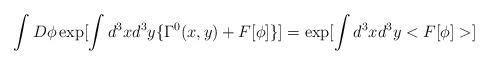
LaTeX: \begin{align*}\int D \phi\exp[\int d^3x d^3y \{ \Gamma^0(x,y) + F[\phi] \}] =\exp[\int d^3x d^3y<F[\phi ]>]\end{align*}